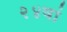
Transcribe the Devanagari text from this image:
२४वां